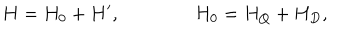
H = H _ { 0 } + H ^ { \prime } , \qquad \qquad H _ { 0 } = H _ { Q } + H _ { D } ,